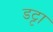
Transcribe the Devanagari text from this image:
डट्टा